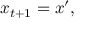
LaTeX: x _ { t + 1 } = x ^ { \prime } ,